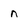
Character: n